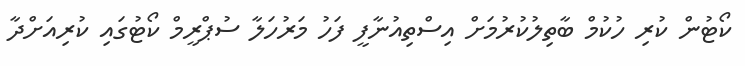
ކޯޓުން ކުރި ހުކުމް ބާތިލުކުރުމަށް އިސްތިއުނާފީ ފަހު މަރުހަލާ ސުޕްރީމް ކޯޓުގައި ކުރިއަށްދާ